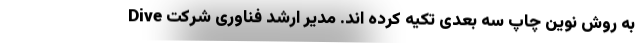
به روش نوین چاپ سه بعدی تکیه کرده اند. مدیر ارشد فناوری شرکت Dive